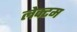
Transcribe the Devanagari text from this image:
लेक्टम